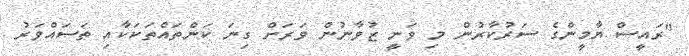
"ރައީސް ޔާމީންގެ ސަރުކާރުން މި ވަނީ ޒުވާނުން ވަރަށް ގިނަ ކަންތައްތަކަކާއި ތަސައްވަރު